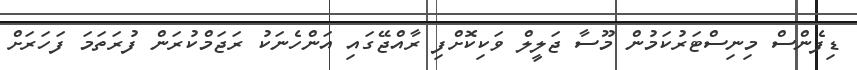
ޑިފެންސް މިނިސްޓަރުކަމުން މޫސާ ޖަލީލް ވަކިކޮށްފި ރާއްޖޭގައި އަންހެނަކު ރަޖަމްކުރަން ފުރަތަމަ ފަހަރަށް